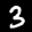
Digit: 3